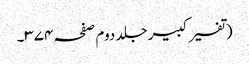
(تفسیر کبیر جلد دوم صفحہ ۳۷۴۔